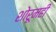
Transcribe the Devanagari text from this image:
शोरूमही